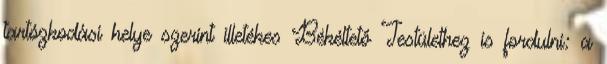
tartózkodási helye szerint illetékes Békéltető Testülethez is fordulni: a